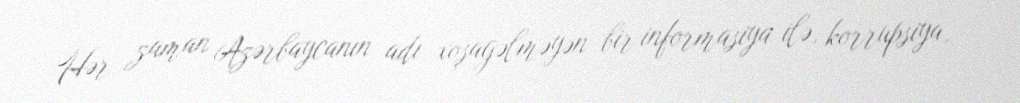
Hər zaman Azərbaycanın adı xoşagəlməyən bir informasiya ilə, korrupsiya,